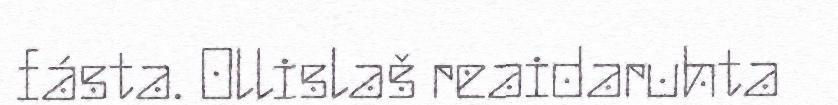
fásta. Ollislaš reaidaruhta